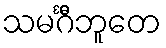
သမင်္ဂီဘူတေ